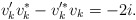
\begin{align*}v'_kv^*_k-v'^*_k v_k=-2i.\end{align*}